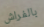
بالفراش